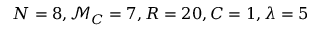
N = 8 , \mathcal { M } _ { C } = 7 , R = 2 0 , C = 1 , \lambda = 5